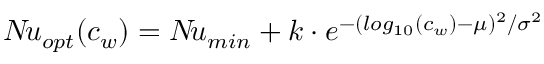
N \! u _ { o p t } ( c _ { w } ) = N \! u _ { m i n } + k \cdot e ^ { - ( l o g _ { 1 0 } ( c _ { w } ) - \mu ) ^ { 2 } / \sigma ^ { 2 } }